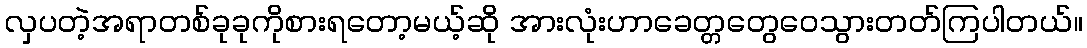
လှပတဲ့အရာတစ်ခုခုကိုစားရတော့မယ့်ဆို အားလုံးဟာခေတ္တတွေဝေသွားတတ်ကြပါတယ်။